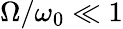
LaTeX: \Omega/\omega_{0}\ll 1